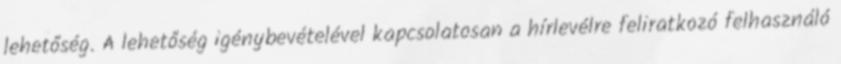
lehetőség. A lehetőség igénybevételével kapcsolatosan a hírlevélre feliratkozó felhasználó